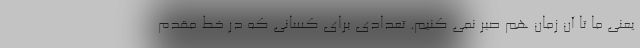
یعنی ما تا آن زمان هم صبر نمی کنیم. تعدادی برای کسانی که در خط مقدم